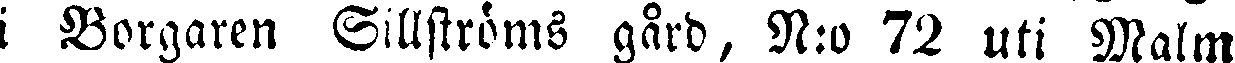
i Borgaren Sillströms gård, N:o 72 uti Malm